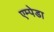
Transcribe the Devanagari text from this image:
एम्पेडा